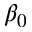
\beta _ { 0 }